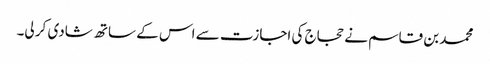
محمد بن قاسم نے حجاج کی اجازت سے اس کے ساتھ شادی کر لی۔